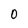
Character: 0